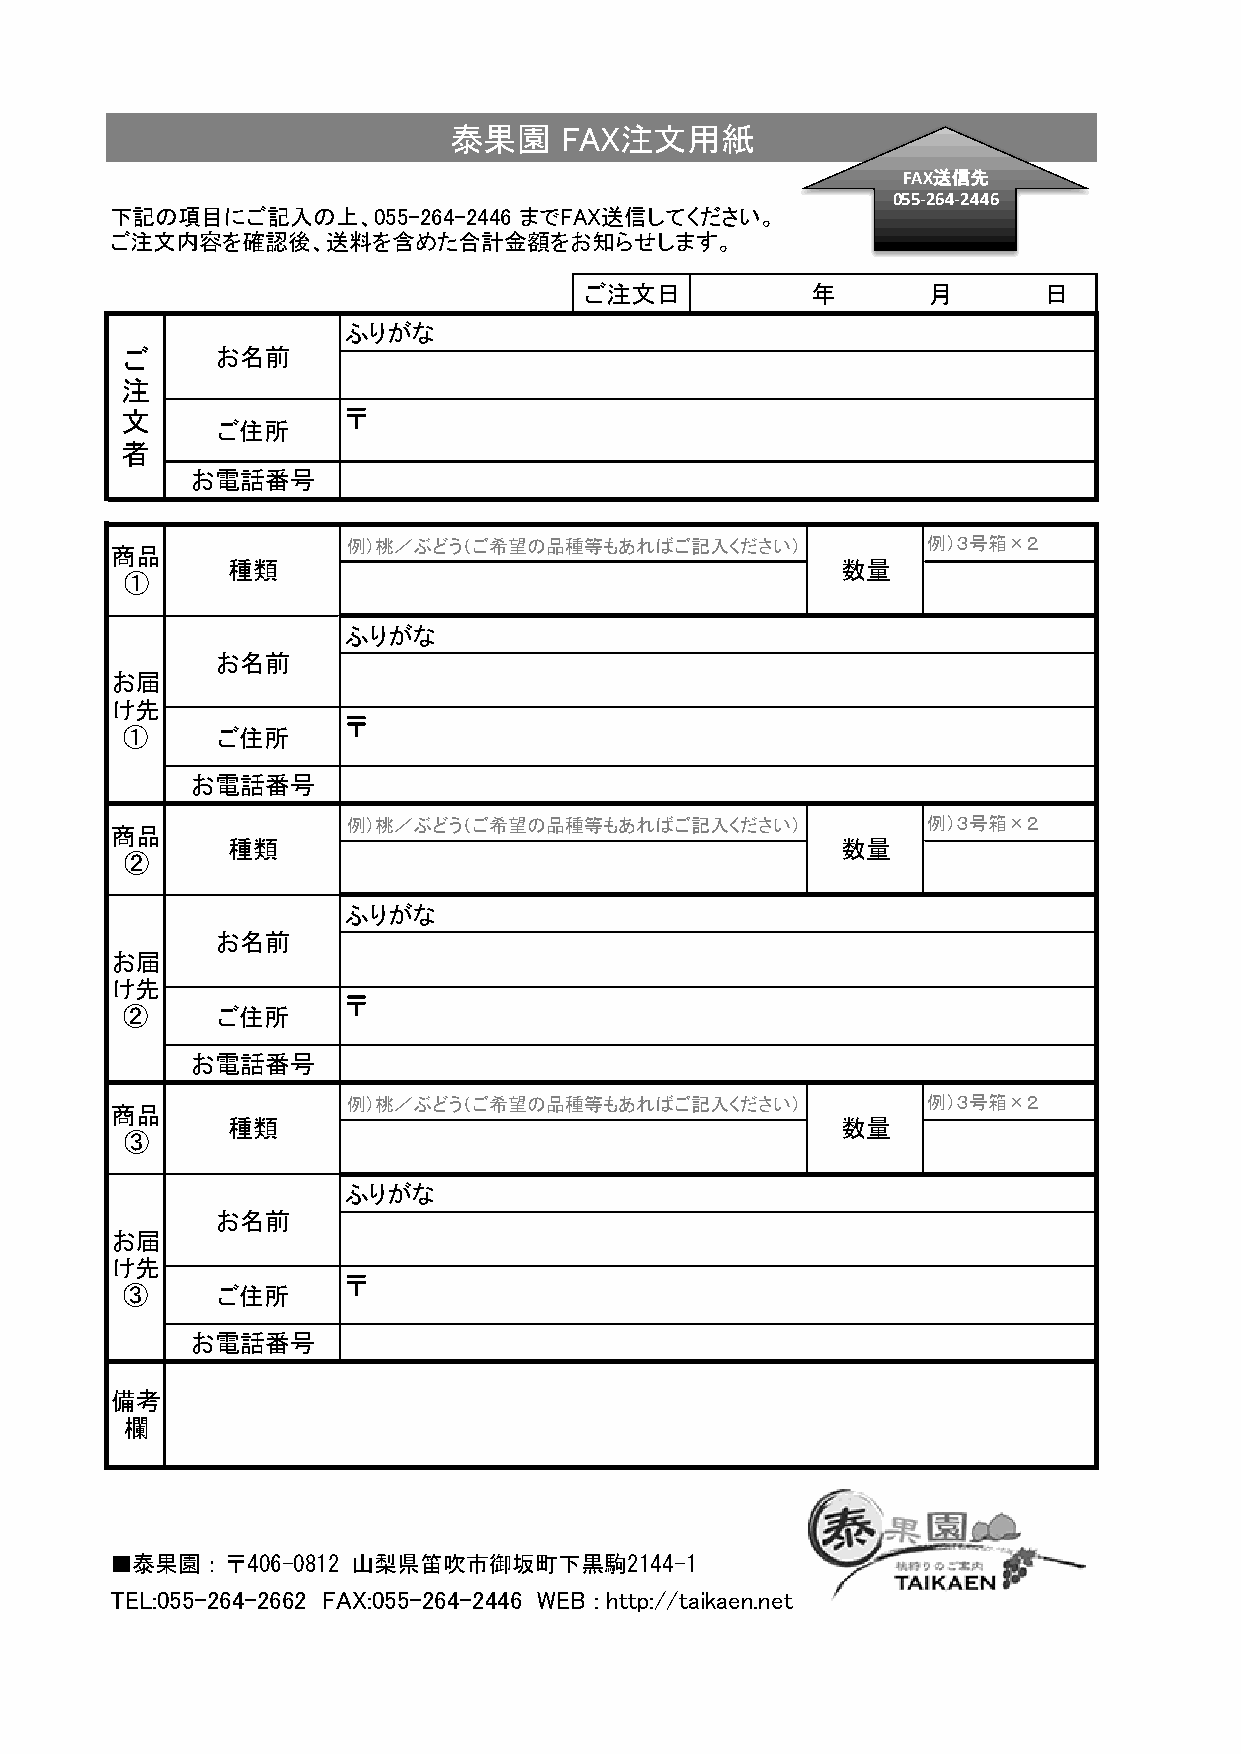
泰果園    FAX注文用紙
 FAX送信先
 055-­‐264-­‐2446
 下記の項目にご記入の上、055-264-2446   までFAX送信してください。
 ご注文内容を確認後、送料を含めた合計金額をお知らせします。
 ご注文日           年      月       日
 ふりがな
 ご     お名前
 注
 文              〒
 ご住所
 者
 お電話番号
 例）桃／ぶどう（ご希望の品種等もあればご記入ください）           例）３号箱×２
 商品
 種類                                       数量
 ①
 ふりがな
 お名前
 お届
 け先
 〒
 ①     ご住所
 お電話番号
 例）桃／ぶどう（ご希望の品種等もあればご記入ください）           例）３号箱×２
 商品
 種類                                       数量
 ②
 ふりがな
 お名前
 お届
 け先
 〒
 ②     ご住所
 お電話番号
 例）桃／ぶどう（ご希望の品種等もあればご記入ください）           例）３号箱×２
 商品
 種類                                       数量
 ③
 ふりがな
 お名前
 お届
 け先
 〒
 ③     ご住所
 お電話番号
 備考
 欄
 ■泰果園：〒406-0812  山梨県笛吹市御坂町下黒駒2144-1
 TEL:055-264-2662 FAX:055-264-2446 WEB : http://taikaen.net